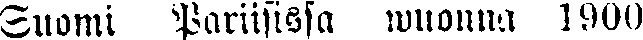
Suomi Pariisissa wuonna 1900